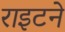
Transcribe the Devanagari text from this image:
राइटने